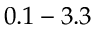
0 . 1 - 3 . 3 \